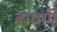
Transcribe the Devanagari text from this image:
बाधाऐं